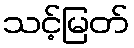
သင့်မြတ်